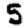
Digit: 5